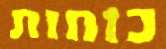
כוחות